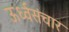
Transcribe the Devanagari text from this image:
ऊर्ध्वसंचार